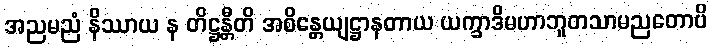
အညမညံ နိဿာယ န တိဋ္ဌန္တီတိ အစိန္တေယျဋ္ဌာနတာယ ယက္ခာဒိမဟာဘူတသာမညတောပိ